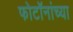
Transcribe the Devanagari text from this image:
फोटॉनांच्या